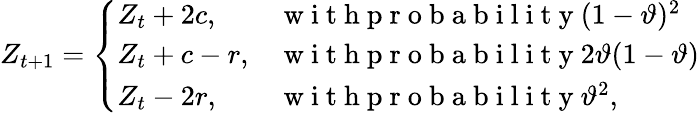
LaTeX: Z_{t+1}=\left\{ \begin{array}{ll}{Z_{t}+2c,\quad}&{\mathrm{~w~i~t~h~p~r~o~b~a~b~i~l~i~t~y~}(1-\vartheta)^{2}}\\ {Z_{t}+c-r,}&{\mathrm{~w~i~t~h~p~r~o~b~a~b~i~l~i~t~y~}2\vartheta(1-\vartheta)}\\ {Z_{t}-2r,}&{\mathrm{~w~i~t~h~p~r~o~b~a~b~i~l~i~t~y~}\vartheta^{2},}\end{array}\right.